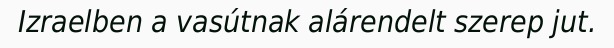
Izraelben a vasútnak alárendelt szerep jut.